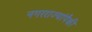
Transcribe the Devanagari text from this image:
नगरराज्यांपैकी